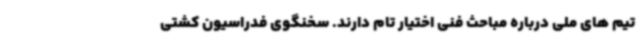
تیم های ملی درباره مباحث فنی اختیار تام دارند. سخنگوی فدراسیون کشتی